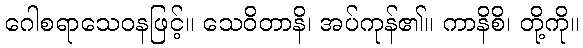
ဂေါစရာသေဝနဖြင့်။ သေဝိတာနိ၊ အပ်ကုန်၏။ ကာနိစိ၊ တို့ကို။